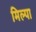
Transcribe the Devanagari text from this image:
मिल्पा